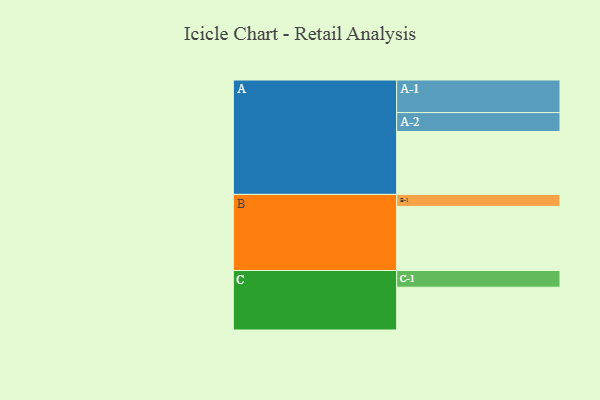
{"axis": {"x": "Segment", "y": "Value"}, "legend": ["", "A", "B", "C"], "data": [{"x": "A", "y": 519, "type": ""}, {"x": "B", "y": 529, "type": ""}, {"x": "C", "y": 353, "type": ""}, {"x": "A-1", "y": 269, "type": "A"}, {"x": "A-2", "y": 156, "type": "A"}, {"x": "B-1", "y": 99, "type": "B"}, {"x": "C-1", "y": 138, "type": "C"}]}